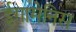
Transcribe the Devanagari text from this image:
ईगामेनिस